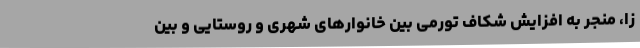
زا، منجر به افزایش شکاف تورمی بین خانوارهای شهری و روستایی و بین